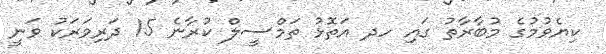
ކިޔެވުމުގެ މުބާރާތު ގައި ހދ އަތޮޅު ތަމްސީލް ކުރާނެ 15 ދަރިވަރަކު ވަނީ